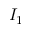
I _ { 1 }